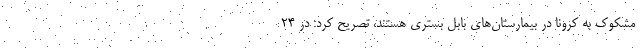
مشکوک به کرونا در بیمارستان‌های بابل بسترى هستند، تصریح کرد: در ۲۴